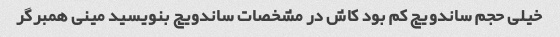
خیلی حجم ساندویچ کم بود کاش در مشخصات ساندویچ بنویسید مینی همبرگر